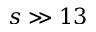
s \gg 1 3